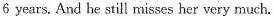
6 years. And he still misses her very much.